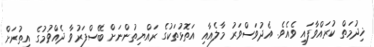
ޚިދުމަތް ކުރައްވާފައި ވެއެވެ. އެދުވަސްވަރު މާލެއާއި އަތޮޅުތަކުގެ ރައްޔިތުންނަށް ބޭސްފަރުވާ ދެއްވުމުގެ އިތުރަށް